Vaccination in the Punjab 1919-1929 - 1919-1929
Year: 1919
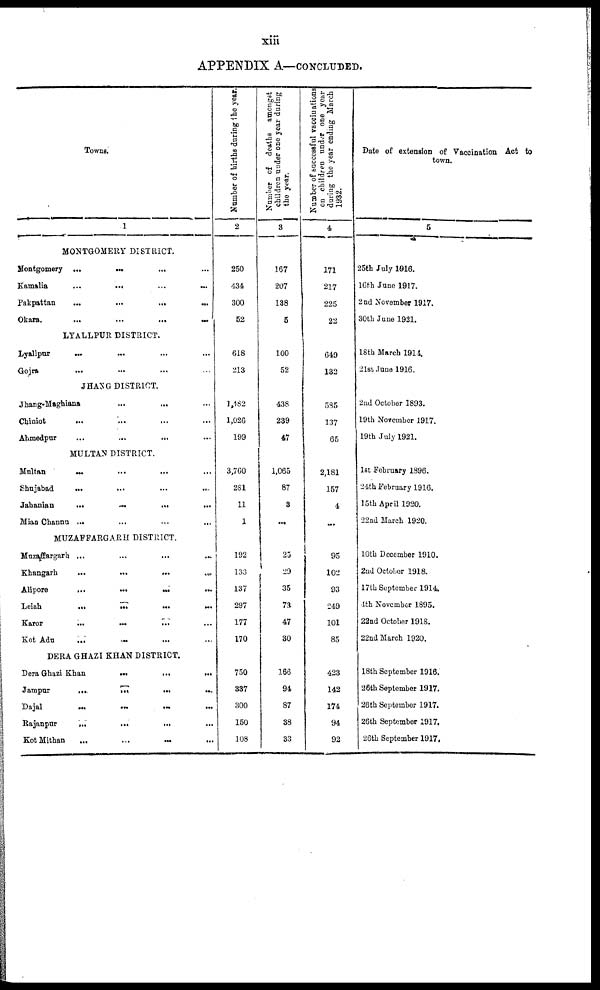
xiii
APPENDIX A—CONCLUDED.
Towns.
1
MONTGOMERY DISTRICT.
Montgomery
...
...
...
...
Kamalia
...
... ... ...
Pakpattan
...
...
...
...
Okara.
...
...
...
...
LYALLPUR DISTRICT.
Lyallpur
...
... ... ...
Gojra ... ... ... ...
JHANG DISTRICT.
Jhang-Maghiana ... ... ...
Chiniot
... ... ... ...
Ahmedpur
...
...
... ...
MULTAN DISTRICT.
Multan ... ... ... ...
Shujabad ... ... ... ...
Jahanian
...
...
...
...
Mian Channu ... ... ... ...
MUZAFFARGARH DISTRICT.
Muzaffargarh ... ... ... ...
Khangarh
...
...
...
...
Alipore
...
... ... ...
Leiah ... ... ... ...
Karor
...
...
...
...
Kot Adu
...
...
...
...
DERA GHAZI KHAN DISTRICT.
Dera Ghazi Khan
...
...
...
...
Jampur
...
...
...
...
Dajal
...
...
...
...
Rajanpur
...
...
... ...
Kot Mithan
...
...
...
...
Number of births during the year.
2
250
434
300
52
618
213
1,482
1,026
199
3,760
281
11
1
192
133
137
297
177
170
750
337
300
150
108
Number of deaths amongst
children under one year during
the year.
3
167
207
138
5
100
52
438
239
47
1,065
87
3
...
25
29
35
73
47
30
166
94
87
38
33
Number of successful vaccinations
on children under one year
during the year ending March
1932.
4
171
217
225
22
649
132
585
137
65
2,181
157
4
...
95
102
93
249
101
85
423
142
174
94
92
Date of extension of Vaccination Act to
town.
5
25th July 1916.
16th June 1917.
2nd November 1917.
30th June 1921.
18th March 1914.
21st June 1916.
2nd October 1893.
19th November 1917.
19th July 1921.
1st February 1896.
24th February 1916.
15th April 1920.
22nd March 1920.
10th December 1910.
2nd October 1918.
17th September 1914.
4th November 1895.
22nd October 1918.
22nd March 1920.
18th September 1916.
26th September 1917.
26th September 1917.
26th September 1917.
26th September 1917.